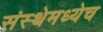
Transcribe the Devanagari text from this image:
संस्थेमध्येच